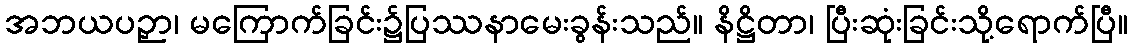
အဘယပဉှာ၊ မကြောက်ခြင်း၌ပြဿနာမေးခွန်းသည်။ နိဋ္ဌိတာ၊ ပြီးဆုံးခြင်းသို့ရောက်ပြီ။